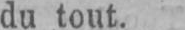
du tout.